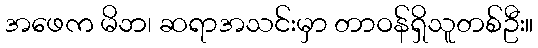
အဖေက မိဘ၊ ဆရာအသင်းမှာ တာဝန်ရှိသူတစ်ဦး။